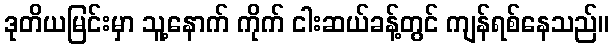
ဒုတိယမြင်းမှာ သူ့နောက် ကိုက် ငါးဆယ်ခန့်တွင် ကျန်ရစ်နေသည်။